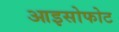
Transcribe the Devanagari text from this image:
आइसोफोट